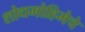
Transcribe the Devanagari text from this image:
शोधमोहिमेचे